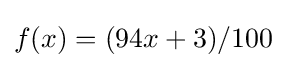
f(x)=(94x+3)/100